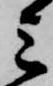
三